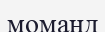
моманд